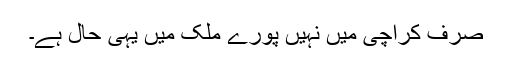
صرف کراچی میں نہیں پورے ملک میں یہی حال ہے۔